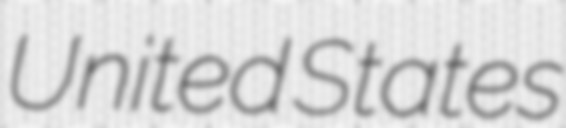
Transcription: United States